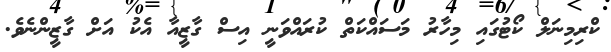
ކްރިމިނަލް ކޯޓުގައި މިހާރު މަސައްކަތް ކުރައްވަނީ އިސް ގާޒީއާ އެކު އަށް ގާޒީންނެވެ.